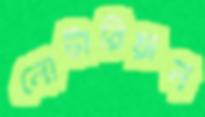
নোটারিয়ান